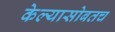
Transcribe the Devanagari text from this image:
केल्यासोबतच